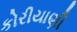
કોરીયાણી